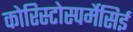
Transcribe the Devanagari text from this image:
कोरिस्टोस्पर्मेसिई